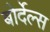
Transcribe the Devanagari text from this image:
बोर्देल्स